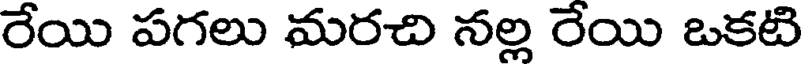
రేయి పగలు మరచి నల్ల రేయి ఒకటి